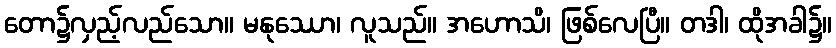
တော၌လှည့်လည်သော။ မနုဿော၊ လူသည်။ အဟောသိ၊ ဖြစ်လေပြီ။ တဒါ၊ ထိုအခါ၌။